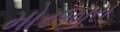
મોરજીરા